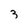
Character: 3